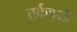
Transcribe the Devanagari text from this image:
तर्कबुद्धी